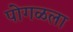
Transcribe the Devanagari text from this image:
पोगळला